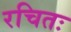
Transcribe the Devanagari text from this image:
रचितः